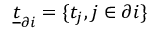
\underline { { t } } _ { \partial i } = \{ t _ { j } , j \in \partial i \}